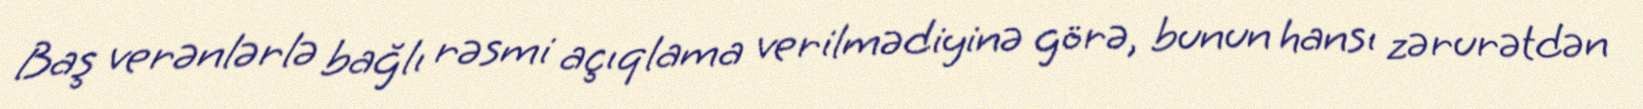
Baş verənlərlə bağlı rəsmi açıqlama verilmədiyinə görə, bunun hansı zərurətdən